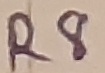
Text: R8